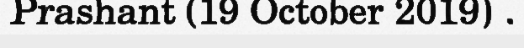
Prashant (19 October 2019) .